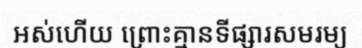
អស់ហើយ ព្រោះគ្មានទីផ្សារសមរម្យ